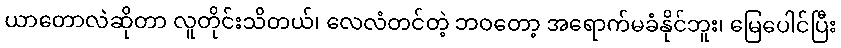
ယာတောလဲဆိုတာ လူတိုင်းသိတယ်၊ လေလံတင်တဲ့ ဘဝတော့ အရောက်မခံနိုင်ဘူး၊ မြေပေါင်ပြီး